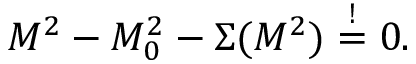
M ^ { 2 } - M _ { 0 } ^ { 2 } - \Sigma ( M ^ { 2 } ) \stackrel { ! } { = } 0 .